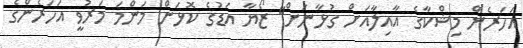
އަހަރެން މިޝްކާގެ އާއިލާއަށް ގުޅާނަށް'' ޒޯޔާ އަޑުގެ ކޮޅަށް މަންމަ މަރުވީ އަހަރެންގެ